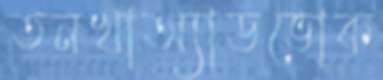
তনখাঅ্যাডভোক